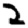
Digit: 2